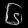
Digit: ၆